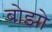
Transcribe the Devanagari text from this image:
बोझो